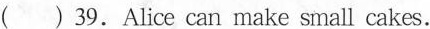
( ) 39.Alice can make small cakes.